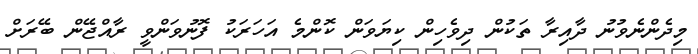
މިދެންނެވުނު ދާއިރާ ތަކުން ދިވެހިން ކިޔަވަން ކޮންމެ އަހަރަކު ފޮނުވަންވީ ރާއްޖޭން ބޭރަށް